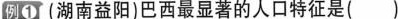
例① (湖南益阳)巴西最显著的人口特征是( )